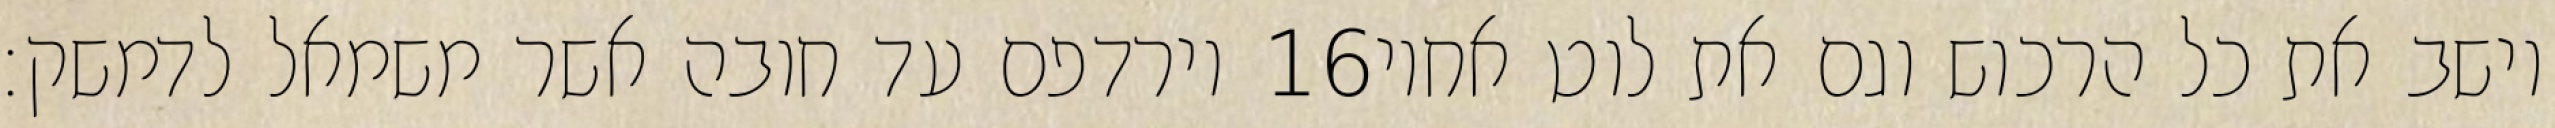
וירדפם עד חובה אשר משמאל לדמשק׃ ‎16‏ וישב את כל הרכוש וגם את לוט אחיו